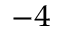
^ { - 4 }